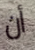
أن